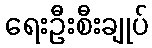
ရေးဦးစီးချုပ်